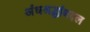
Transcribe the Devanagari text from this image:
अंधश्रद्धांबद्दल